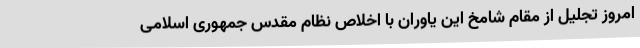
امروز تجلیل از مقام شامخ این یاوران با اخلاص نظام مقدس جمهوری اسلامی